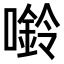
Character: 𫫿